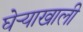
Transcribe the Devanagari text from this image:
घेर्‍याखाली